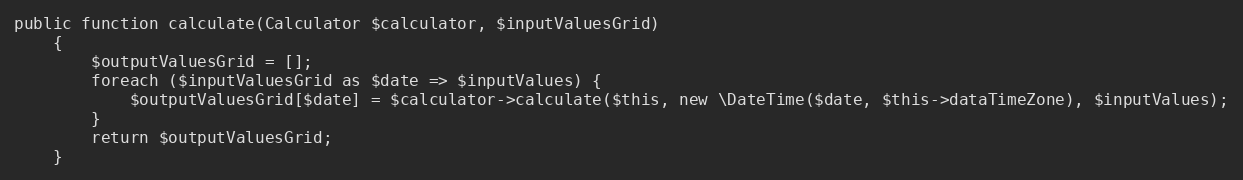
Language: PHP
public function calculate(Calculator $calculator, $inputValuesGrid)
    {
        $outputValuesGrid = [];
        foreach ($inputValuesGrid as $date => $inputValues) {
            $outputValuesGrid[$date] = $calculator->calculate($this, new \DateTime($date, $this->dataTimeZone), $inputValues);
        }
        return $outputValuesGrid;
    }